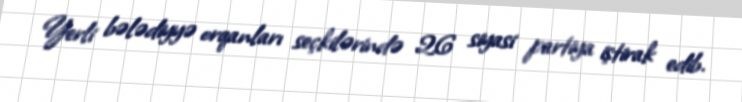
Yerli bələdiyyə orqanları seçkilərində 26 siyasi partiya iştirak edib.